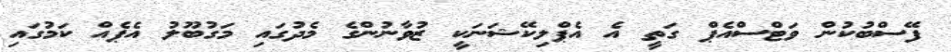
ފޭސްބުކުން ވަޓްސްއެޕް ގަތީ އެ އެޕްލިކޭޝަނަކީ ޒުވާނުންގެ މެދުގައި މަގުބޫލު އެޕެއް ކަމުގައި